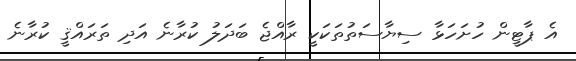
އެ ޕާޓީން ހުށަހަޅާ ސިޔާސަތުތަކަކީ ރާއްޖެ ބަދަލު ކުރާނެ އަދި ތަރައްޤީ ކުރާނެ